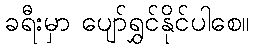
ခရီးမှာ ပျော်ရွှင်နိုင်ပါစေ။